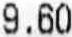
9.60